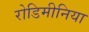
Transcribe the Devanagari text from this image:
रोडिमीनिया